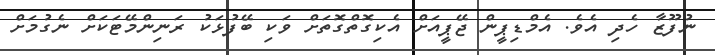
ނުފޫޒާ ހެދި އެވެ. އެމްޑިޕީން ޖޭޕީއަށް އެކިގޮތްގޮތަށް ވަކި ބޭފުޅަކު ރަނިންމޭޓަކަށް ނެގުމަށް